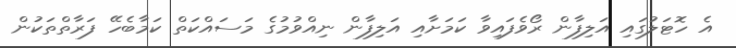
އެ ހޮޓަލުގައި އަލިފާން ރޯވެފައިވާ ކަމަށާއި އަލިފާން ނިއްވުމުގެ މަސައްކަތް ކަމާބެހޭ ފަރާތްތަކުން